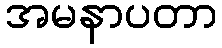
အမနာပတာ